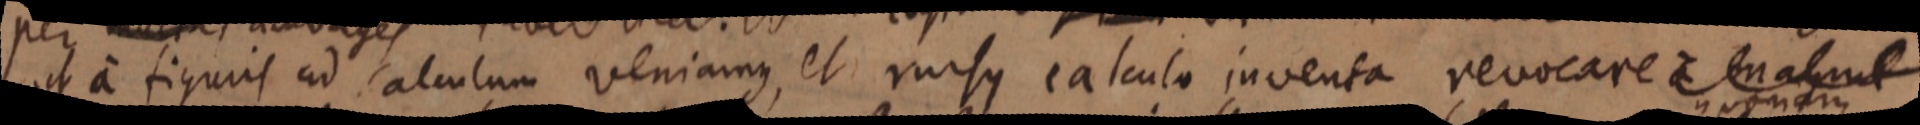
ut a figuris ad calculum veniamus, et rursus calculo inventa revocare a mam